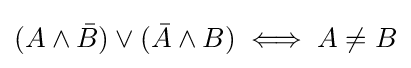
(A\wedge {\bar {B}})\vee ({\bar {A}}\wedge B)\iff A\neq B